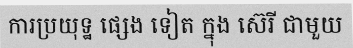
ការប្រយុទ្ឋ ផ្សេង ទៀត ក្នុង ស៊េរី ជាមួយ